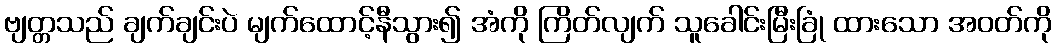
ဗျတ္တသည် ချက်ချင်းပဲ မျက်ထောင့်နီသွား၍ အံကို ကြိတ်လျက် သူခေါင်းမြီးခြုံ ထားသော အဝတ်ကို